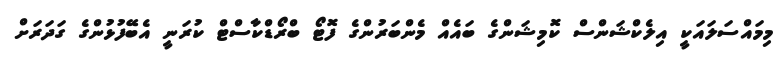
މިމައްސަލައަކީ އިލެކްޝަންސް ކޮމިޝަންގެ ބައެއް މެންބަރުންގެ ފޮޓޯ ބްރޯޑްކާސްޓް ކުރަނީ އެބޭފުޅުންގެ ގަދަރަށް